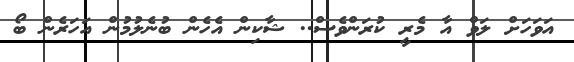
އަވަހަށް ލަވް އާ މެރީ ކުރަންވެސް.. ޝާކިން އެހެން ބުނެލުމުން އަހަރެން ބޯ